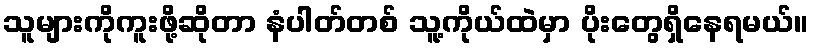
သူများကိုကူးဖို့ဆိုတာ နံပါတ်တစ် သူ့ကိုယ်ထဲမှာ ပိုးတွေရှိနေရမယ်။